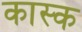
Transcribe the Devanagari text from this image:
कास्क